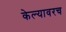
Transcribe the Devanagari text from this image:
केल्यावरच